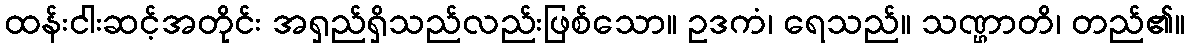
ထန်းငါးဆင့်အတိုင်း အရှည်ရှိသည်လည်းဖြစ်သော။ ဥဒကံ၊ ရေသည်။ သဏ္ဌာတိ၊ တည်၏။